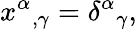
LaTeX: x^{\alpha}{}_{,\gamma}=\delta^{\alpha}{}_{\gamma},